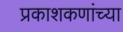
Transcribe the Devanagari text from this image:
प्रकाशकणांच्या